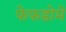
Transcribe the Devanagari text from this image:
फेफडोमें